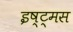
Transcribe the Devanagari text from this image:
इष्ट्मस